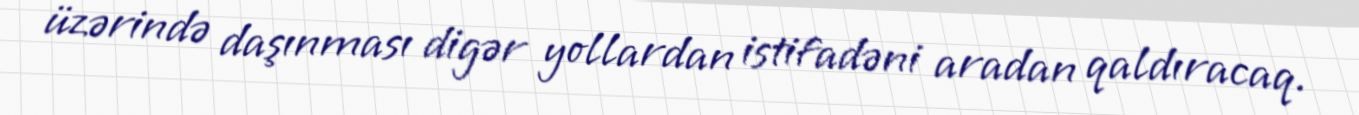
üzərində daşınması digər yollardan istifadəni aradan qaldıracaq.